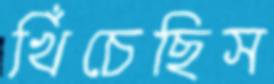
খিঁচেছিস